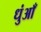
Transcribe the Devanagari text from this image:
धुंआँ